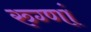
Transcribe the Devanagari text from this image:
रुग्णां